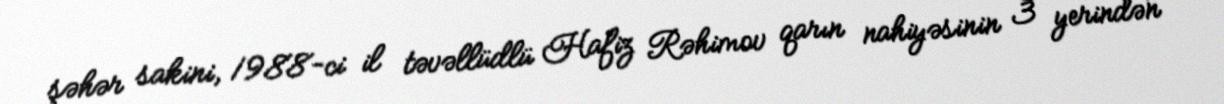
şəhər sakini, 1988-ci il təvəllüdlü Hafiz Rəhimov qarın nahiyəsinin 3 yerindən